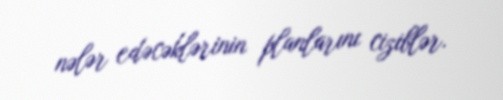
nələr edəcəklərinin planlarını ciziblər.